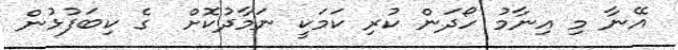
އޭނާ މި އިނާމު ހޯދަން ކުރި ކަމަކީ ނަމާދުކޮށް  ގެ ކިބަފުޅުން